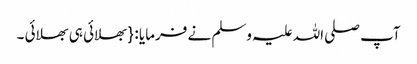
آپ صلی اللہ علیہ وسلم نے فرمایا : { بھلائی ہی بھلائی ۔